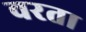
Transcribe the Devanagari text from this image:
वरता